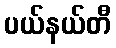
ပယ်နယ်တီ